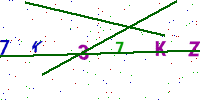
Text: 7K37KZ8